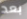
بعد